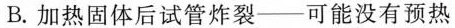
B.加热固体后试管炸裂—可能没有预热